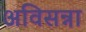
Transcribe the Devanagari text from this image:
अविसन्ना